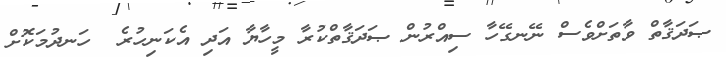
ޞަދަޤާތް ވާތަށްވެސް ނޭނގޭހާ ސިއްރުން ޞަދަޤާތްކުރާ މީހާޔާ އަދި އެކަނިހުރެ  ހަނދުމަކޮށް